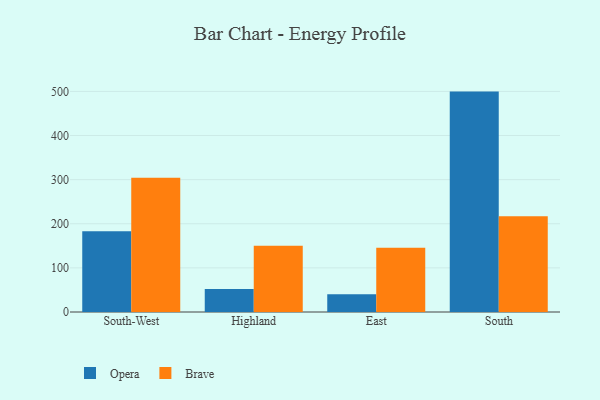
{"axis": {"x": "Region", "y": "Production Output"}, "legend": ["Brave", "Opera"], "data": [{"x": "South-West", "y": 183.3, "type": "Opera"}, {"x": "South-West", "y": 304.2, "type": "Brave"}, {"x": "Highland", "y": 52.2, "type": "Opera"}, {"x": "Highland", "y": 150.1, "type": "Brave"}, {"x": "East", "y": 40.4, "type": "Opera"}, {"x": "East", "y": 145.6, "type": "Brave"}, {"x": "South", "y": 499.6, "type": "Opera"}, {"x": "South", "y": 217.2, "type": "Brave"}]}